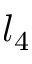
l _ { 4 }